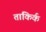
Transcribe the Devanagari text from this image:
ताकिर्क